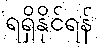
ရရှိနိုင်ရန်